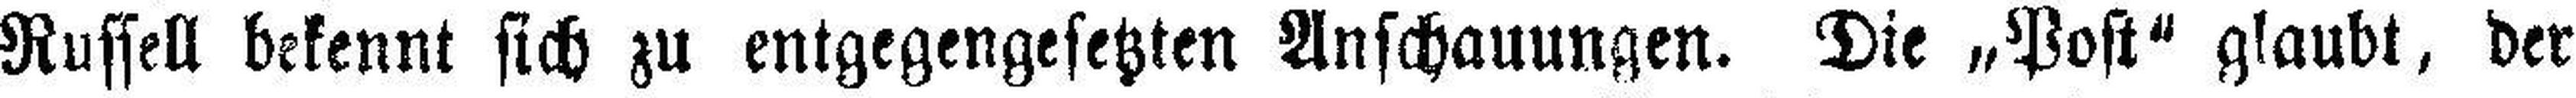
Russell bekennt sich zu entgegengesetzten Anschauungen. Die „Post“ glaubt, der